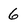
Character: 6